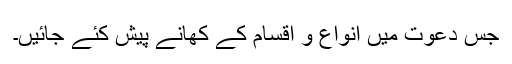
جِس دعوت میں انواع و اقسام کے کھانے پیش کئے جائیں۔